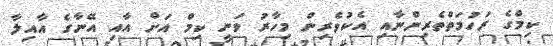
ކިމްގެ ރަހުމަތްތެރިންނާއި އެކުވެރިން މިހާރު ވަނީ ކިމް އަށް އާއި އޭނާގެ އާއިލާ